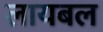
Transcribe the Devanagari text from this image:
लायबल